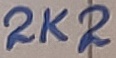
Text: 2K2